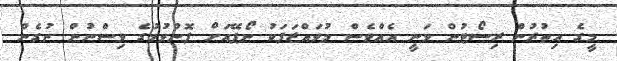
މީގެ އިތުރުން ރިސޯޓުން ވަނީ އެއްވެސް މުވައްޒަފަކު ނޯޕޭއަށް ފޮނުވުމުގެ ވިސްނުން ނުގެން